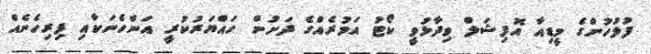
ފުލުހުންގެ މީޑިއާ އޮފިޝަލް ވިދާޅުވީ ކޯޓު އަމުރެއްގެ ދަށުން ހައްޔަރުކުރީ އަންހެނަކާއި ފިރިހެނެއް